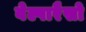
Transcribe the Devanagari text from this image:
वेल्पारैसो